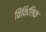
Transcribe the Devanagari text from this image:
विकिलिक